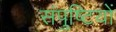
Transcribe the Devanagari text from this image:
संपुष्टियों